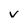
Character: V